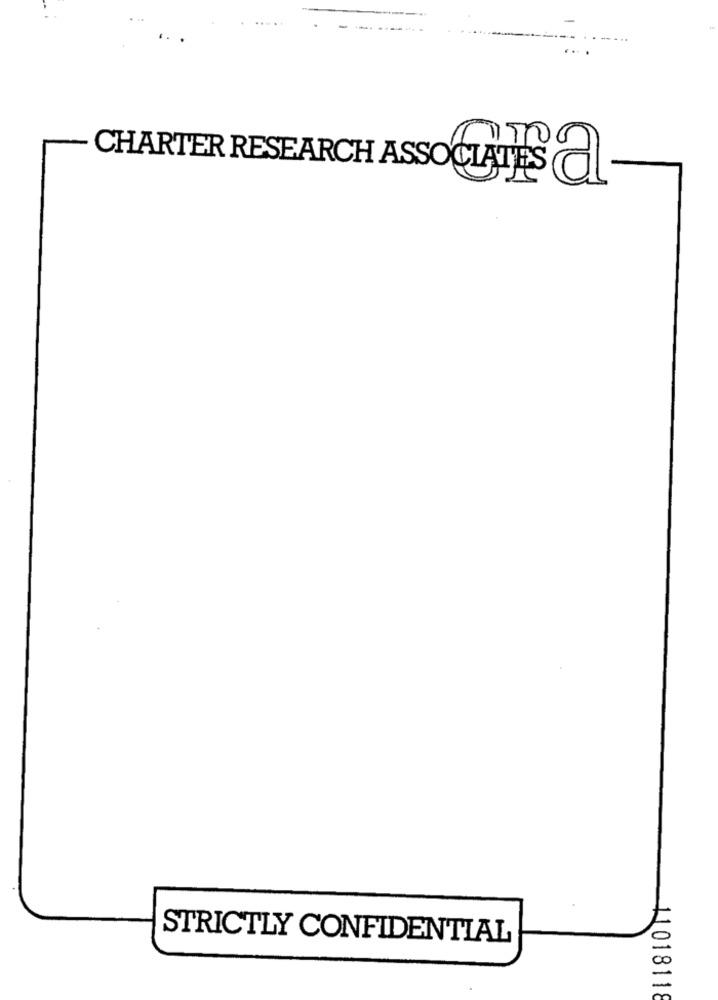
CHARTER RESEARCH ASSOCIATES A
STRICTLY CONFIDENTIAL
1101811